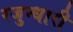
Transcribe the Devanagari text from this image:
रजुन्धारी